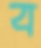
ব